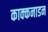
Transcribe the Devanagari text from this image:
काक्कनाडन